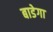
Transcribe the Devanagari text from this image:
बाडेगा